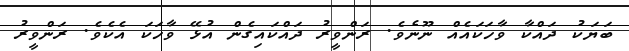
ބަޔަކު ދައްކާ ވާހަކައެއް ނޫނެވެ. ރަންވީރު ދައްކައިގެން އުޅޭ ވާހަކަ އެކެވެ. ރަންވީރު